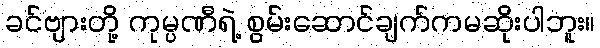
ခင်ဗျားတို့ ကုမ္ပဏီရဲ့ စွမ်းဆောင်ချက်ကမဆိုးပါဘူး။